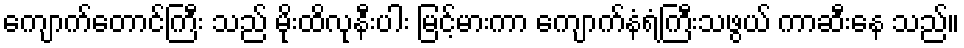
ကျောက်တောင်ကြီး သည် မိုးထိလုနီးပါး မြင့်မားကာ ကျောက်နံရံကြီးသဖွယ် ကာဆီးနေ သည်။